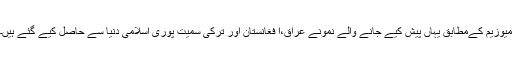
میوزیم کےمطابق یہاں پیش کیے جانے والے نمونے عراق،ا فغانستان اور ترکی سمیت پوری اسلامی دنیا سے حاصل کیے گئے ہیں۔